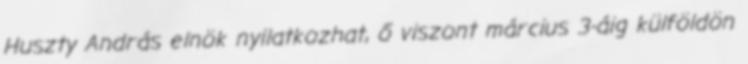
Huszty András elnök nyilatkozhat, ő viszont március 3-áig külföldön